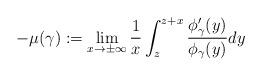
LaTeX: \begin{align*}-\mu(\gamma):=\lim_{x\to\pm\infty}\frac{1}{x}\int_z^{z+x}\frac{\phi_\gamma'(y)}{\phi_\gamma (y)} dy\end{align*}